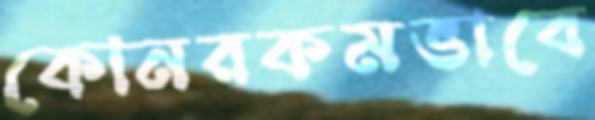
কোনরকমভাবে